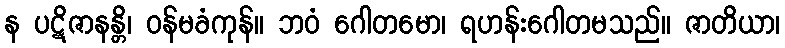
န ပဋိဇာနန္တိ၊ ဝန်မခံကုန်။ ဘဝံ ဂေါတမော၊ ရဟန်းဂေါတမသည်။ ဇာတိယာ၊